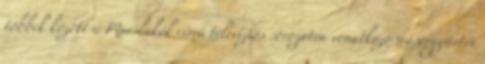
többek között a Marslakók című televíziós sorozatra vonatkozó műsorgyártói